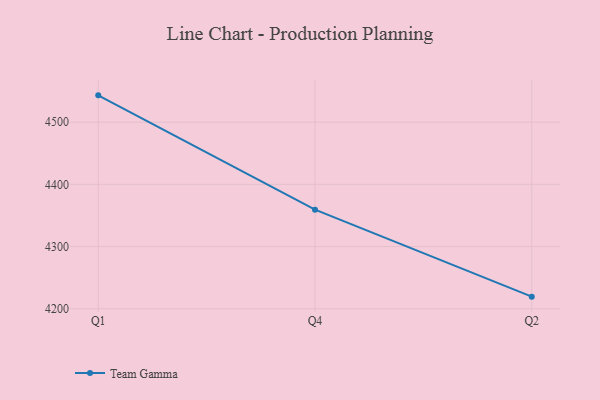
{"axis": {"x": "Quarter", "y": "Tickets Resolved"}, "legend": ["Team Gamma"], "data": [{"x": "Q1", "y": 4543.1, "type": "Team Gamma"}, {"x": "Q4", "y": 4359.3, "type": "Team Gamma"}, {"x": "Q2", "y": 4219.5, "type": "Team Gamma"}]}